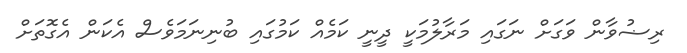
ރިޟުވާން ވަގަށް ނަގައި މަރާލުމަކީ ދީނީ ކަމެއް ކަމުގައި ބުނިނަމަވެސް އެކަން އެގޮތަށް